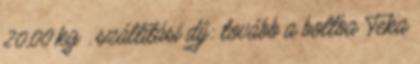
20,00 kg . szállítási díj: tovább a boltba Teka